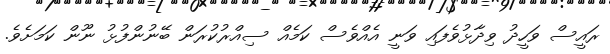
ރައީސް ވަހީދު ވިދާޅުވެފައި ވަނީ އެއްވެސް ކަމެއް ސިއްރުކުރަން ބޭނުންފުޅު ނޫން ކަމަށެވެ.